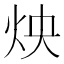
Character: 炴